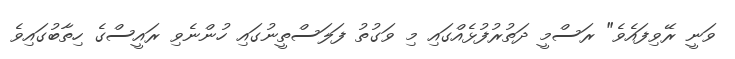
ވަނީ ރޭވިފައެވެ" ރަސްމީ ދަތުރުފުޅެއްގައި މި ވަގުތު ފަލަސްތީނުގައި ހުންނެވި ރައީސްގެ ހިތާބުގައިވެ